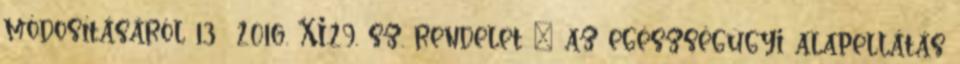
módosításáról 13 2016. XI.29. sz. rendelet – az egészségügyi alapellátás